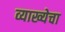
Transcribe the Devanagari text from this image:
व्याख्येचा